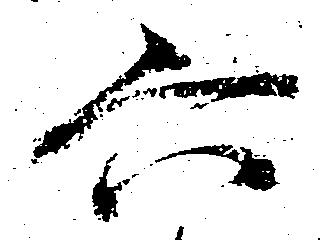
六